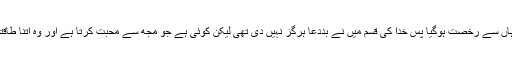
نوجوان کی بات سن کر ملنگ نے ایک نعر مستانہ بلند کیا اور یہ کہتا ہوا وہاں سے رخصت ہوگیا پس خدا کی قسم میں نے بَددعا ہرگز نہیں دی تھی لیکن کوئی ہے جو مجھ سے محبت کرتا ہے اور وہ اِتنا طاقتور ہے کہدنیا کا بڑے سے بڑا بادشاہ بھی اسکے جبروت سے گھبراتا ھے۔